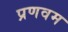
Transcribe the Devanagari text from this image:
प्रणवम